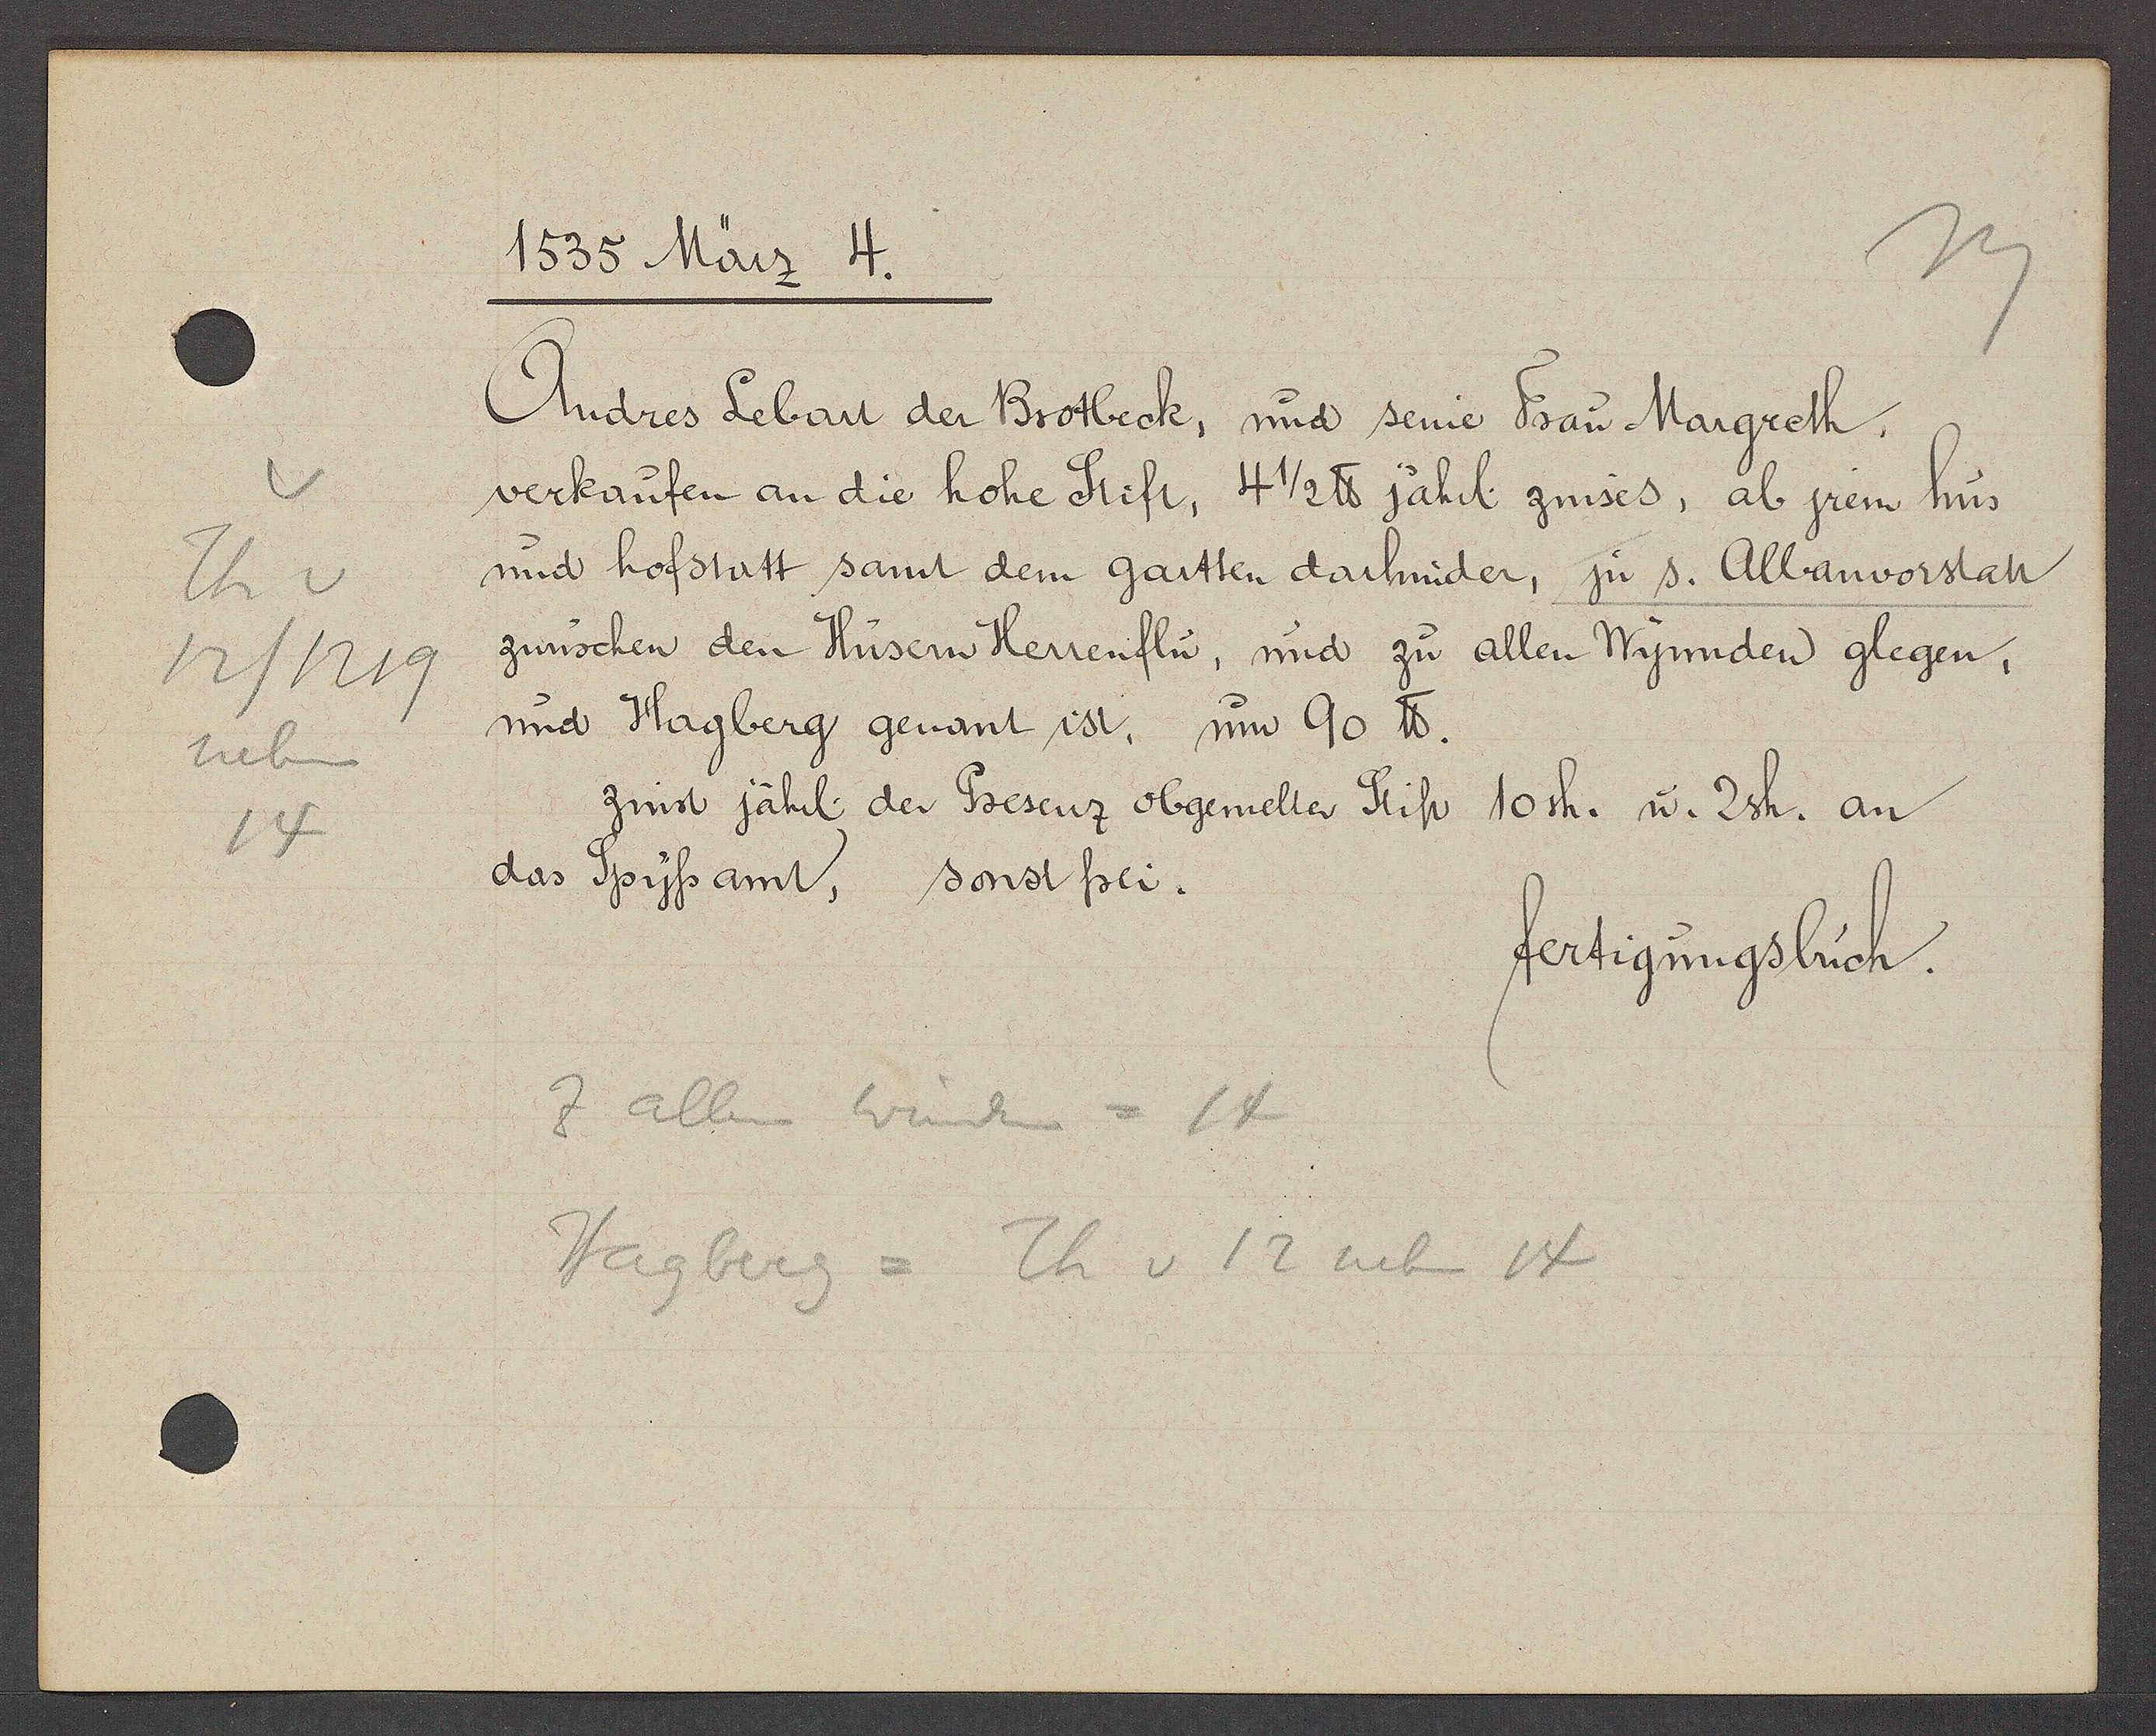
Transcript:
Th v
12/1219
neben
14

1535 März 4.

Andres Leban der Brotbeck, und seine Frau Margreth,
verkaufen an die hohe Stift, 4 1/2 ℔ jährl. zinses, ab jrem hus
und hofstatt samt dem gartten darhinder, ju s. Albanvorstatt
zwüschen den Hüsern Herrenflu, und zu allen Wynnden glegen,
und Hagberg genant ist, um 90 ℔.
zinst jährl. der Presenz obgemelter Stift 10sh. u. 2sh. an
das Spyssamt, sonst frei.

z allen Winden = 14
Hagberg = Th v 12 neben 14

fertigungsbuch.